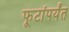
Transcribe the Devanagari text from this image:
फूटांपर्यंत